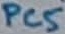
Text: PC5